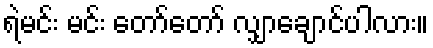
ရဲမင်း မင်း တော်တော် လျှာချောင်ပါလား။